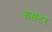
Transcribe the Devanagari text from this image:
रूसटर